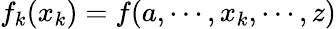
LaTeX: f_{k}(x_{k})=f(a,\cdots,x_{k},\cdots,z)